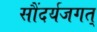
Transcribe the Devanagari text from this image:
सौंदर्यजगत्